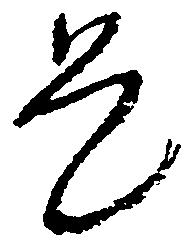
是